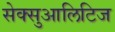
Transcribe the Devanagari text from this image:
सेक्सुआलिटिज